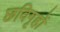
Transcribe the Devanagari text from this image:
छविगृहों